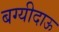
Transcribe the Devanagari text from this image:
बग्यीदाऊ